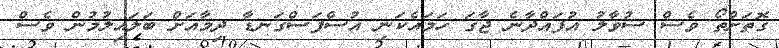
ގޮތަށްތޯ ވެސް ސުވާލު އުފައްދާނެ ޖާގަ ހަމައެކަނި އުސްފަސްގަނޑާ ދިމާއަށް ބަލައިލުމުން ވެސް